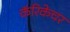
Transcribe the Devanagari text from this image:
कॅरिकेचर